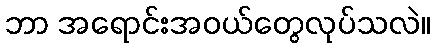
ဘာ အရောင်းအဝယ်တွေလုပ်သလဲ။